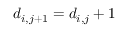
d _ { i , j + 1 } = d _ { i , j } + 1